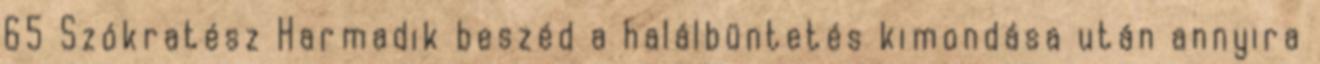
65 Szókratész Harmadik beszéd a halálbüntetés kimondása után annyira